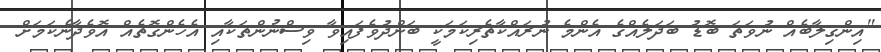
"އިންޤިލާބެއް ނުވަތަ ބޮޑު ބަދަލެއްގެ އެންމެ ނުރައްކާތެރިކަމަކީ ބަންދުވެފައިވާ ވިސްނުންތަކާއި އެހެންގޮތެއް އޮވެދާނެކަމަށް